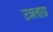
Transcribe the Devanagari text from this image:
उन्नताग्र